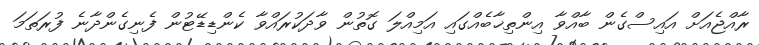
ރާއްޖެއަށް އައިސްގެން ބާއްވާ އިންތިޚާބެއްގައި އަމިއްލަ ގޮތުން ވާދަކުރައްވާ ކެންޑިޑޭޓުން ފެނިގެންދާނެ ފުރަތަމަ